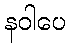
နဝါပေ